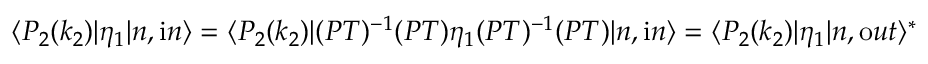
\langle P _ { 2 } ( k _ { 2 } ) | \eta _ { 1 } | n , { \mathrm i n } \rangle = \langle P _ { 2 } ( k _ { 2 } ) | ( P T ) ^ { - 1 } ( P T ) \eta _ { 1 } ( P T ) ^ { - 1 } ( P T ) | n , { \mathrm i n } \rangle = \langle P _ { 2 } ( k _ { 2 } ) | \eta _ { 1 } | n , { \mathrm o u t } \rangle ^ { * } \,